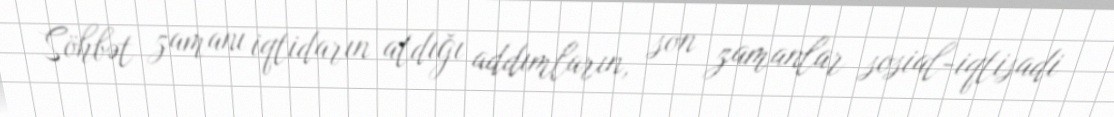
Söhbət zamanı iqtidarın atdığı addımların, son zamanlar sosial-iqtisadi